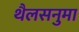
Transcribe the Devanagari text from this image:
थैलसनुमा